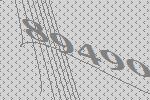
89490